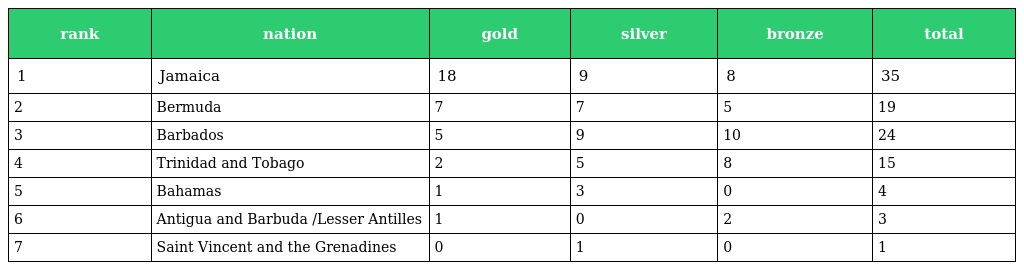
| rank | nation | gold | silver | bronze | total |
 | --- | --- | --- | --- | --- | --- |
 | 1 | Jamaica | 18 | 9 | 8 | 35 |
 | 2 | Bermuda | 7 | 7 | 5 | 19 |
 | 3 | Barbados | 5 | 9 | 10 | 24 |
 | 4 | Trinidad and Tobago | 2 | 5 | 8 | 15 |
 | 5 | Bahamas | 1 | 3 | 0 | 4 |
 | 6 | Antigua and Barbuda /Lesser Antilles | 1 | 0 | 2 | 3 |
 | 7 | Saint Vincent and the Grenadines | 0 | 1 | 0 | 1 |